Madras plague regulations and rules - Volume 2
Disease focus: Plague
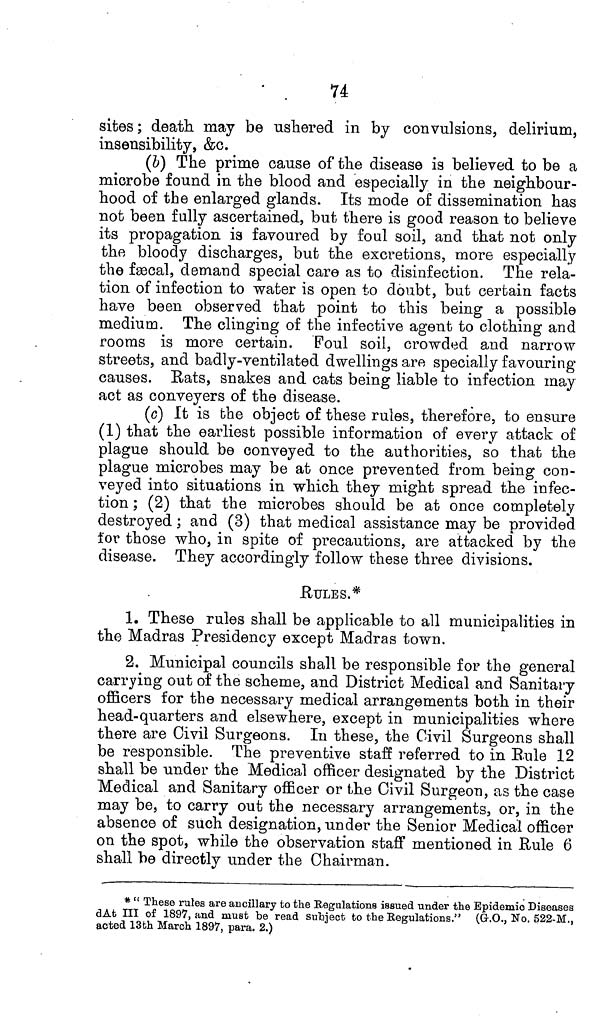
74
sites; death may be ushered in by convulsions, delirium,
insensibility, &c.
(b) The prime cause of the disease is believed to be a
microbe found in the blood and especially in the neighbour-
hood of the enlarged glands. Its mode of dissemination has
not been fully ascertained, but there is good reason to believe
its propagation is favoured by foul soil, and that not only
the bloody discharges, but the excretions, more especially
the fæcal, demand special care as to disinfection. The rela-
tion of infection to water is open to doubt, but certain facts
have been observed that point to this being a possible
medium. The clinging of the infective agent to clothing and
rooms is more certain. Foul soil, crowded and narrow
streets, and badly-ventilated dwellings are specially favouring
causes. Eats, snakes and cats being liable to infection may
act as conveyers of the disease.
(c) It is the object of these rules, therefore, to ensure
(1) that the earliest possible information of every attack of
plague should be conveyed to the authorities, so that the
plague microbes may be at once prevented from being con-
veyed into situations in which they might spread the infec-
tion ; (2) that the microbes should be at once completely
destroyed; and (3) that medical assistance may be provided
for those who, in spite of precautions, are attacked by the
disease. They accordingly follow these three divisions.
RULES.*
1. These rules shall be applicable to all municipalities in
the Madras Presidency except Madras town.
2. Municipal councils shall be responsible for the general
carrying out of the scheme, and District Medical and Sanitary
officers for the necessary medical arrangements both in their
head-quarters and elsewhere, except in municipalities where
there are Civil Surgeons. In these, the Civil Surgeons shall
be responsible. The preventive staff referred to in Rule 12
shall be under the Medical officer designated by the District
Medical and Sanitary officer or the Civil Surgeon, as the case
may be, to carry out the necessary arrangements, or, in the
absence of such designation, under the Senior Medical officer
on the spot, while the observation staff mentioned in Rule 6
shall be directly under the Chairman.
* " These rules are ancillary to the Regulations issued under the Epidemics Diseases
dAt III of 1897, and must be read subject to the Regulations." (G.O., No. 522-M.,
acted 13th March 1897, para. 2.)